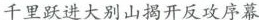
千里跃进大别山揭开反攻序幕